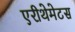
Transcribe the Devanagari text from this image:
एरीथेमेटस